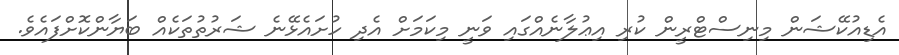
އެޑިއުކޭޝަން މިނިސްޓްރީން ކުރި އިޢުލާނެއްގައި ވަނީ މިކަމަށް އެދި ހުށައެޅޭނެ ޝަރުތުތަކެއް ބަޔާންކޮށްފައެވެ.